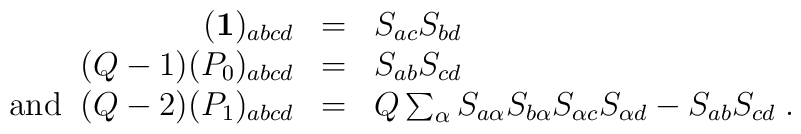
\begin{array}{rcl}({\bf 1})_{abcd}&=&S_{ac}S_{bd}\\(Q-1)(P_{0})_{abcd}&=&S_{ab}S_{cd}\\{\rm and \;\;} (Q-2)(P_{1})_{abcd}&=&Q\sum_{\alpha}S_{a\alpha}S_{b\alpha}S_{\alpha c}S_{\alpha d}-S_{ab}S_{cd}\;.    \end{array}